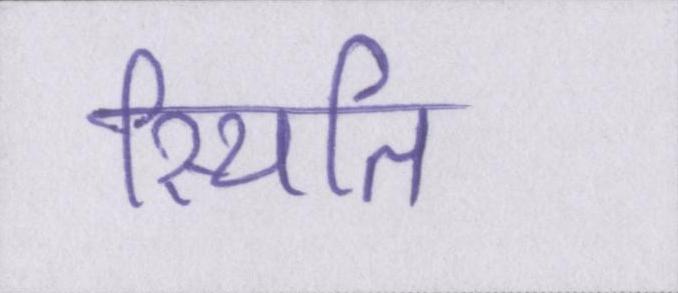
स्थिति